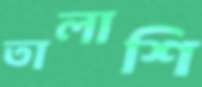
তালাশি